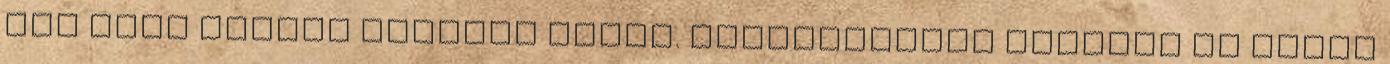
meg kell érnünk életünk során. Valószínűleg sokszor el fogom